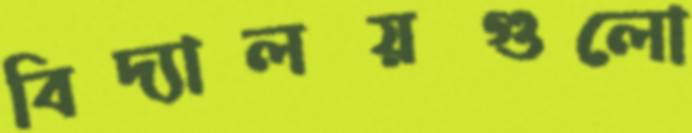
বিদ্যালয়গুলো